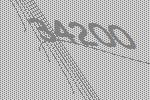
34200